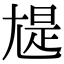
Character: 𡯻